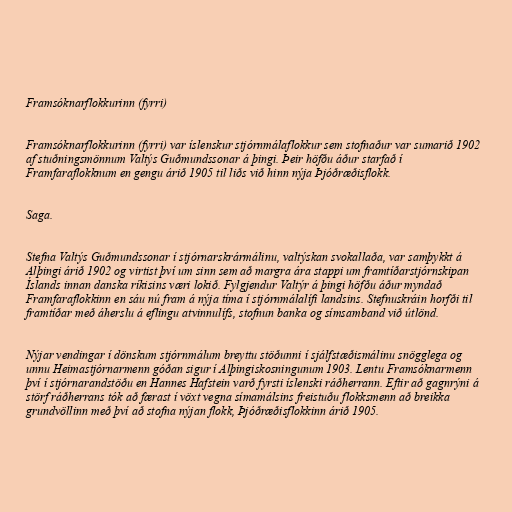
Framsóknarflokkurinn (fyrri)

Framsóknarflokkurinn (fyrri) var íslenskur stjórnmálaflokkur sem stofnaður var sumarið 1902
af stuðningsmönnum Valtýs Guðmundssonar á þingi. Þeir höfðu áður starfað í
Framfaraflokknum en gengu árið 1905 til liðs við hinn nýja Þjóðræðisflokk.

Saga.

Stefna Valtýs Guðmundssonar í stjórnarskrármálinu, valtýskan svokallaða, var samþykkt á
Alþingi árið 1902 og virtist því um sinn sem að margra ára stappi um framtíðarstjórnskipan
Íslands innan danska ríkisins væri lokið. Fylgjendur Valtýr á þingi höfðu áður myndað
Framfaraflokkinn en sáu nú fram á nýja tíma í stjórnmálalífi landsins. Stefnuskráin horfði til
framtíðar með áherslu á eflingu atvinnulífs, stofnun banka og símsamband við útlönd.

Nýjar vendingar í dönskum stjórnmálum breyttu stöðunni í sjálfstæðismálinu snögglega og
unnu Heimastjórnarmenn góðan sigur í Alþingiskosningunum 1903. Lentu Framsóknarmenn
því í stjórnarandstöðu en Hannes Hafstein varð fyrsti íslenski ráðherrann. Eftir að gagnrýni á
störf ráðherrans tók að færast í vöxt vegna símamálsins freistuðu flokksmenn að breikka
grundvöllinn með því að stofna nýjan flokk, Þjóðræðisflokkinn árið 1905.